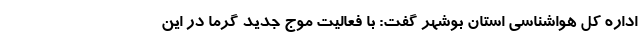
اداره کل هواشناسی استان بوشهر گفت: با فعالیت موج جدید گرما در این